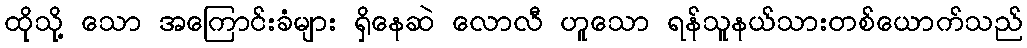
ထိုသို့ သော အကြောင်းခံများ ရှိနေဆဲ လောလီ ဟူသော ရန်သူနယ်သားတစ်ယောက်သည်